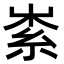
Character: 𥿟